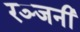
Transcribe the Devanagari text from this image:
रञ्जनी